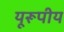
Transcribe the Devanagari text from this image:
यूरूपीय